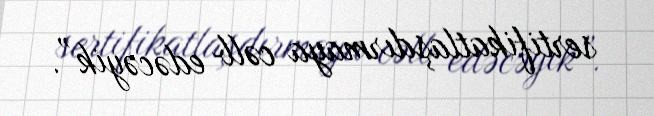
sertifikatlaşdırmaya cəlb edəcəyik”.